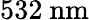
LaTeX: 532~\mathrm{nm}